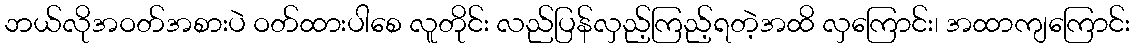
ဘယ်လိုအဝတ်အစားပဲ ဝတ်ထားပါစေ လူတိုင်း လည်ပြန်လှည့်ကြည့်ရတဲ့အထိ လှကြောင်း၊ အထာကျကြောင်း